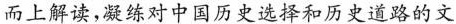
而上解读，凝练对中国历史选择和历史道路的文